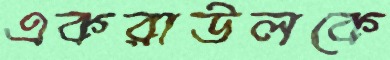
একরাউলকে